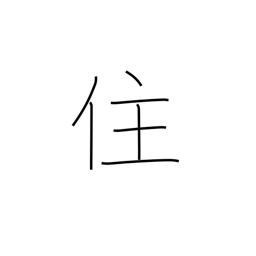
Meaning: live